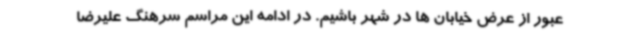
عبور از عرض خیابان ها در شهر باشیم. در ادامه این مراسم سرهنگ علیرضا